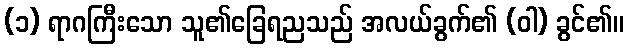
(၁) ရာဂကြီးသော သူ၏ခြေရညသည် အလယ်ခွက်၏ (ဝါ) ခွင်၏။